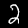
Digit: 2